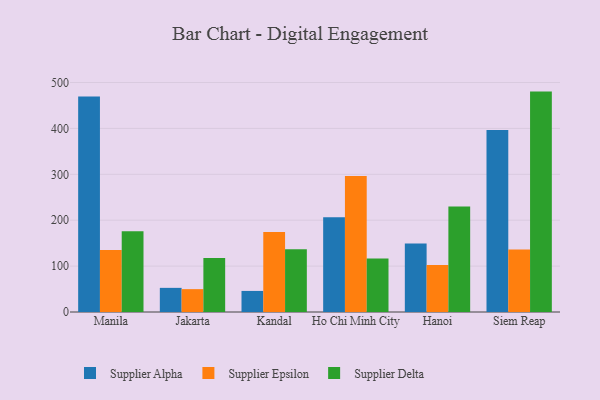
{"axis": {"x": "City", "y": "Website Visitors"}, "legend": ["Supplier Alpha", "Supplier Delta", "Supplier Epsilon"], "data": [{"x": "Manila", "y": 469.7, "type": "Supplier Alpha"}, {"x": "Manila", "y": 135.3, "type": "Supplier Epsilon"}, {"x": "Manila", "y": 176.0, "type": "Supplier Delta"}, {"x": "Jakarta", "y": 52.6, "type": "Supplier Alpha"}, {"x": "Jakarta", "y": 49.8, "type": "Supplier Epsilon"}, {"x": "Jakarta", "y": 117.6, "type": "Supplier Delta"}, {"x": "Kandal", "y": 45.9, "type": "Supplier Alpha"}, {"x": "Kandal", "y": 174.4, "type": "Supplier Epsilon"}, {"x": "Kandal", "y": 136.8, "type": "Supplier Delta"}, {"x": "Ho Chi Minh City", "y": 206.7, "type": "Supplier Alpha"}, {"x": "Ho Chi Minh City", "y": 296.4, "type": "Supplier Epsilon"}, {"x": "Ho Chi Minh City", "y": 116.5, "type": "Supplier Delta"}, {"x": "Hanoi", "y": 149.2, "type": "Supplier Alpha"}, {"x": "Hanoi", "y": 102.4, "type": "Supplier Epsilon"}, {"x": "Hanoi", "y": 229.8, "type": "Supplier Delta"}, {"x": "Siem Reap", "y": 396.5, "type": "Supplier Alpha"}, {"x": "Siem Reap", "y": 136.4, "type": "Supplier Epsilon"}, {"x": "Siem Reap", "y": 480.2, "type": "Supplier Delta"}]}